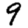
Digit: 9